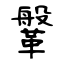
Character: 鞶